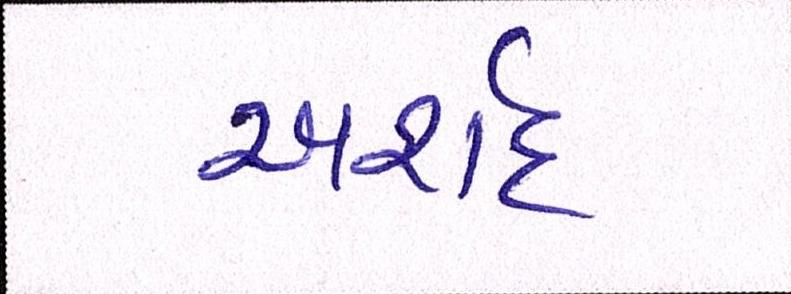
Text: અર્શદ